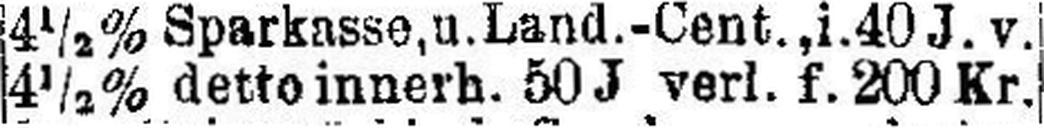
4½% detto innerh. 50 J verl. f. 200 Kr.